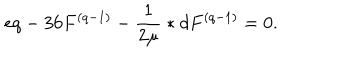
e q - 3 6 F ^ { ( q - 1 ) } - \frac { 1 } { 2 \mu } \ast d F ^ { ( q - 1 ) } = 0 .